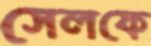
সেলফে